Rangoon Lunatic Asylum 1893-1897 - 1893-1897
Year: 1893
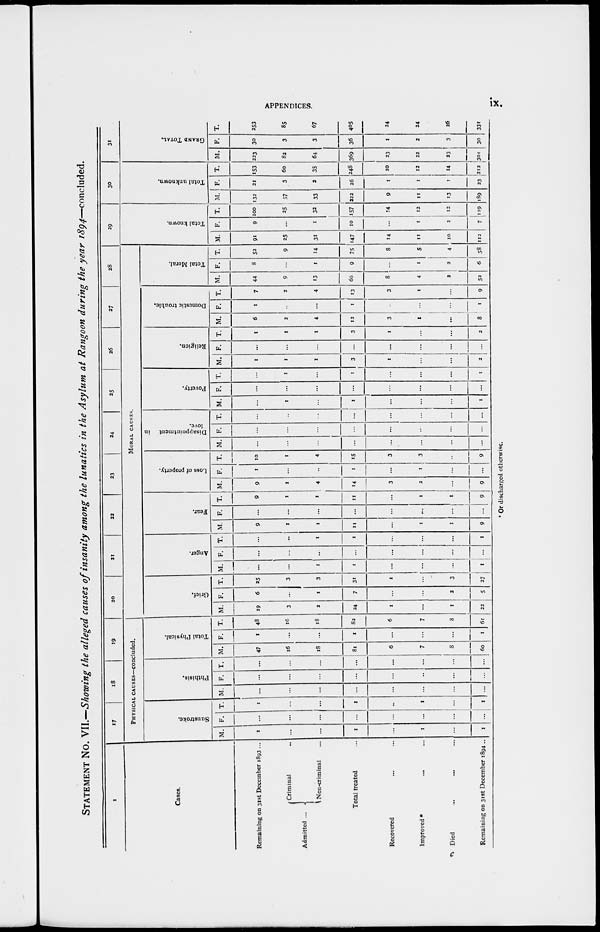
APPENDICES.
ix.
STATEMENT No. VII.—Showing the alleged causes of insanity among the lunatics in the Asylum at Rangoon during the year 1894—concluded.
1
Cases.
Remaining on 31st December 1893 ...
Admitted ...
Criminal ...
Non-criminal ...
Total treated ...
Recovered ... ...
Improved *
... ...
Died ... ... ...
Remaining on 31st December 1894 ..
17
18
19
PHYSICAL CAUSES—concluded.
Sunstroke.
M.
1
...
...
1
...
1
...
1
F.
...
...
...
...
...
...
...
...
T.
1
...
...
1
...
1
...
1
Phthisis.
M.
...
...
...
...
...
...
...
...
F.
...
...
...
...
...
...
...
T.
...
...
...
...
...
...
...
...
Total Physical.
M.
47
16
18
81
6
7
8
60
F.
1
...
...
1
...
...
...
1
T.
48
16
18
82
6
7
8
61
20
21
22
23
24
25
26
27
28
MORAL CAUSES.
Grief.
M.
19
3
2
24
1
...
1
22
F.
6
...
1
7
...
...
2
5
T.
25
3
3
31
1
...
3
27
Anger.
M.
...
...
1
1
...
...
...
1
F.
...
...
...
...
...
...
...
...
T.
...
...
1
1
...
...
...
1
Fear.
M.
9
1
1
11
...
1
1
9
F.
...
...
...
...
...
...
...
...
T.
9
1
1
11
...
1
1
9
Loss of property.
M.
9
1
4
14
3
2
...
9
F.
1
...
...
1
...
1
...
...
T.
10
1
4
15
3
3
...
9
Disappointment in
love.
M.
...
...
...
...
...
...
...
...
F.
...
...
...
...
...
...
...
...
T.
...
...
...
...
...
...
...
...
Poverty.
M.
...
1
...
1
...
...
...
1
F.
...
...
...
...
...
...
...
...
T.
...
1
...
1
...
...
...
1
Religion.
M.
1
1
1
3
1
...
...
2
F.
...
...
...
...
...
...
...
...
T.
1
1
1
3
1
...
...
2
Domestic trouble.
M.
6
2
4
12
3
1
...
8
F.
1
...
...
1
...
...
...
1
T.
7
2
4
13
3
1
...
9
Total Moral.
M.
44
9
13
66
8
4
2
52
F.
8
...
1
9
...
1
2
6
T.
52
9
14
75
8
5
4
58
29
Total known.
M.
91
25
31
147
14
11
10
112
F.
9
...
1
10
...
1
2
7
T.
100
25
32
157
14
12
12
119
30
Total unknown.
M.
132
57
33
222
9
11
13
189
F.
21
3
2
26
1
1
1
23
T.
153
60
35
248
10
12
14
212
31
GRAND TOTAL.
M.
223
82
64
369
23
22
23
301
F.
30
3
3
36
1
2
3
30
T.
253
85
67
405
24
24
26
331
* Or discharged otherwise.
c